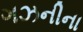
ગઝનીના